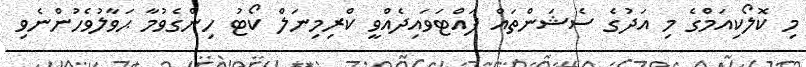
މި ކޮލޯކިއަމްގެ މި އަދުގެ ސެޝަންތައް ފައްޓަވައިދެއްވީ ކްރިިމިނަލް ކޯޓު ހިންގެވުމާ ޙަވާލުވެހުންނެވި